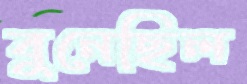
বুনেছিল